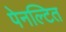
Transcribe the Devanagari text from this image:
पेनल्टित